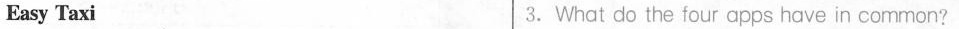
Easy Taxi 3.What do the four apps have in common?